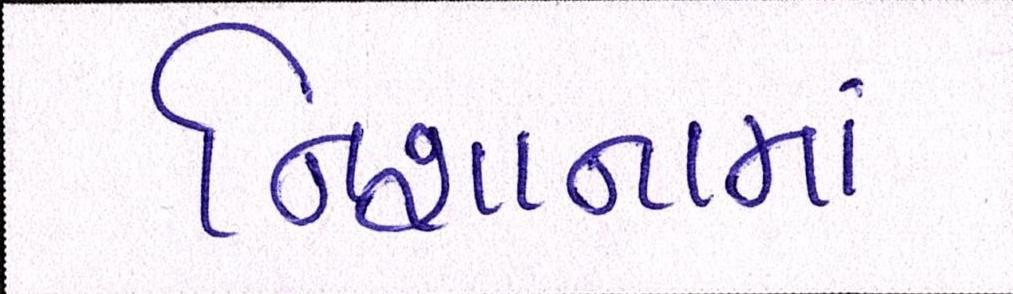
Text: નિશાનામાં